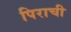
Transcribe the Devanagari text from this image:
पिराची